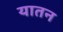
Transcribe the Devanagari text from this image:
यातन